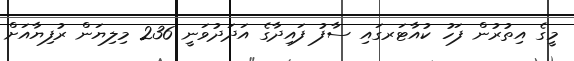
މީގެ އިތުރުން ފަހު ކުއާޓަރގައި ސާފު ފައިދާގެ އަދަދުވަނީ 236 މިލިޔަން ރުފިޔާއަށް